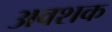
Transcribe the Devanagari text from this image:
अवशक